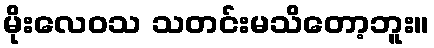
မိုးလေဝသ သတင်းမသိတော့ဘူး။